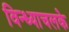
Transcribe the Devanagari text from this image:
विन्ध्याचलके